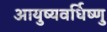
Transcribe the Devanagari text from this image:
आयुष्यवर्धिष्णु